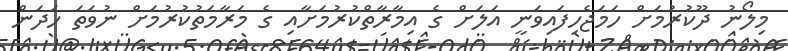
މިލޯނު ދޫކުރުމަށް ހަމަޖެހިފައިވަނީ އަލަށް ގެ އިމާރާތްކުރުމަށާއި ގެ މަރާމަތުކުރުމަށް ނުވަތަ ހަދަން